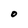
Character: O